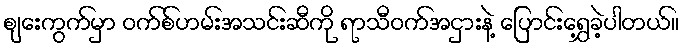
စျေးကွက်မှာ ဝက်စ်ဟမ်းအသင်းဆီကို ရာသီဝက်အငှားနဲ့ ပြောင်းရွှေ့ခဲ့ပါတယ်။